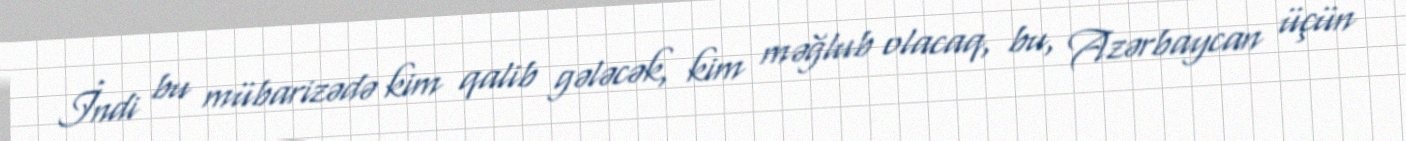
İndi bu mübarizədə kim qalib gələcək, kim məğlub olacaq, bu, Azərbaycan üçün